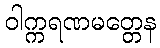
ဝါက္ကရဏမတ္တေန